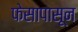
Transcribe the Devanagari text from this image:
फेसापासून